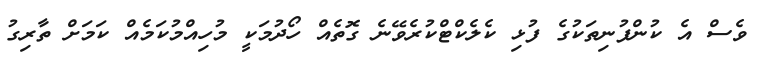
ވެސް އެ ކުންފުނިތަކުގެ ފުޅި ކެލެކްޓްކުރެވޭނެ ގޮތެއް ހޯދުމަކީ މުހިއްމުކަމެއް ކަމަށް ތާރިގު